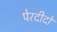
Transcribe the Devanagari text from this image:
पेरदीदो